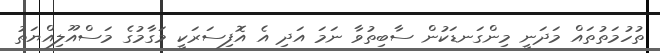
ތުހުމަތުތައް މަދަނީ މިންގަނޑަކުން ސާބިތުވާ ނަމަ އަދި އެ އޮފިސަރަކީ މަގާމުގެ މަސްއޫލިއްޔަތު